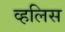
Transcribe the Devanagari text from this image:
व्हलिस